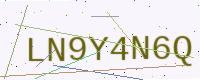
Text: LN9Y4N6Q